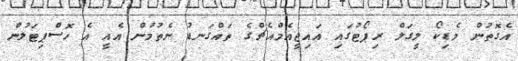
އެގޮތުން މެޑިކޯ ލީގަލް ރިޕޯޓުގައި އައިޖީއެމްއެޗްގެ ތައްގަނޑު ނެތުމުން އެއީ އެ ހޮސްޕިޓަލުން